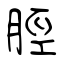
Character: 脛